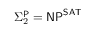
\Sigma _ { 2 } ^ { \mathsf { P } } = { \mathsf { N P } } ^ { \mathsf { S A T } }